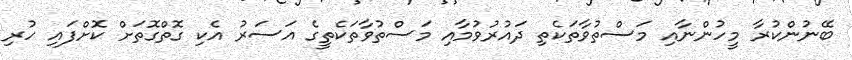
ބޭނުންކުރާ މީހުންނާއި މަސްތުވާތަކެތި ދައުރުވުމާއި މަސްތުވާތަކެތީގެ އަސަރު އެކި ގޮތްގޮތަށް ކޮށްފައި ހުރި